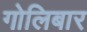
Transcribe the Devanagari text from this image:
गोलिबार